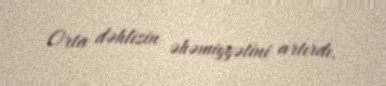
Orta dəhlizin əhəmiyyətini artırdı.